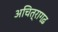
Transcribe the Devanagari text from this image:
अचित्रागढ़